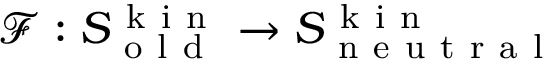
\mathcal { F } : S _ { \mathrm { ~ o ~ l ~ d ~ } } ^ { \mathrm { ~ k ~ i ~ n ~ } } \to S _ { \mathrm { ~ n ~ e ~ u ~ t ~ r ~ a ~ l ~ } } ^ { \mathrm { ~ k ~ i ~ n ~ } }